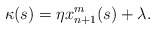
\begin{align*}\kappa(s)=\eta x_{n+1}^m(s)+\lambda.\end{align*}